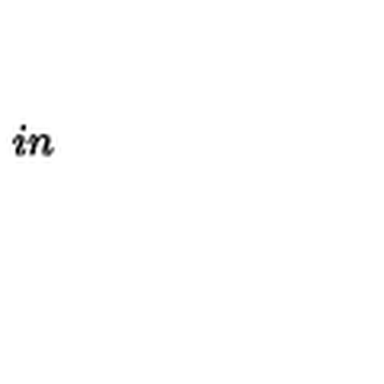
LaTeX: \hspace { 1 i n }